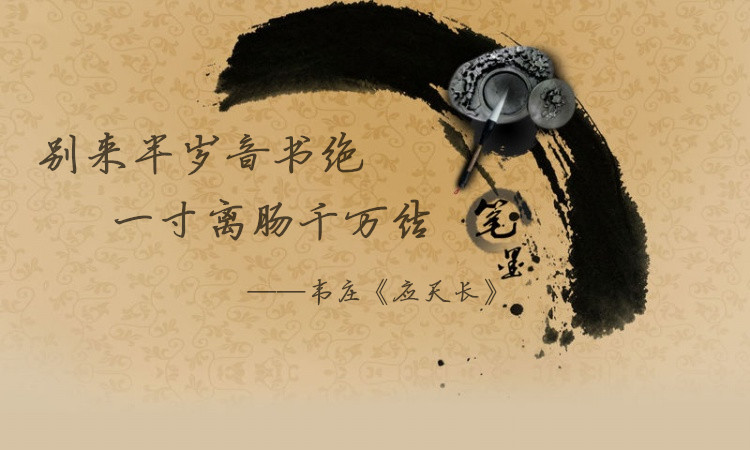
别来半岁音书绝，一寸离肠千万结。